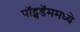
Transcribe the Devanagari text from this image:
पॉट्सडॅममध्ये